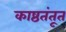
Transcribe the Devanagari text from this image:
काष्ठतंतूत